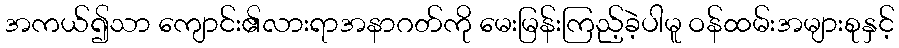
အကယ်၍သာ ကျောင်း၏လားရာအနာဂတ်ကို မေးမြန်းကြည့်ခဲ့ပါမူ ဝန်ထမ်းအများစုနှင့်